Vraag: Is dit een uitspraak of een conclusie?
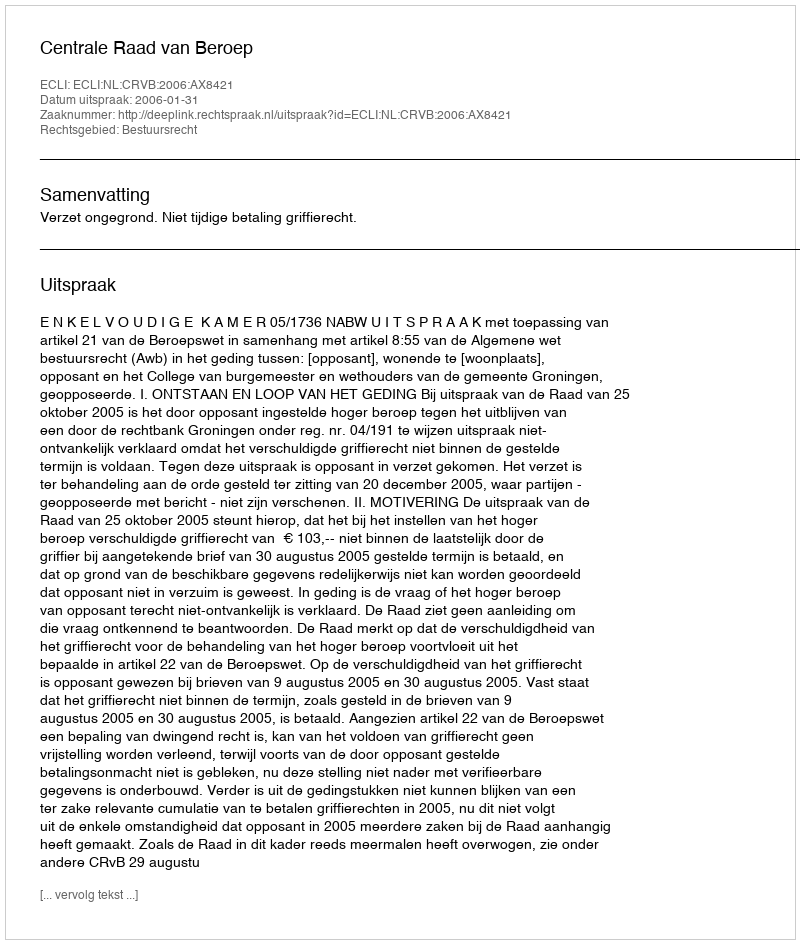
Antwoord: Uitspraak